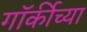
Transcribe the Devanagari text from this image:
गॉर्कीच्या